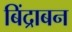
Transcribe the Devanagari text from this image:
बिंद्राबन